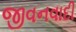
જીવનવાદી